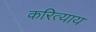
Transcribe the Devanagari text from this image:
करित्याय